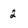
Character: 2